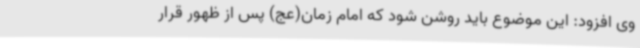
وی افزود: این موضوع باید روشن شود که امام زمان(عج) پس از ظهور قرار